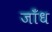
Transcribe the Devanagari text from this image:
जाँध